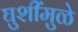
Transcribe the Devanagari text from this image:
घुशींमुळे